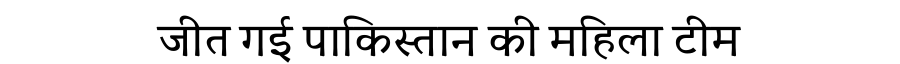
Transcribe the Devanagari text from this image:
जीत गई पाकिस्तान की महिला टीम